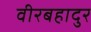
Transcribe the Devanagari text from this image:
वीरबहादुर